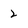
Character: 2